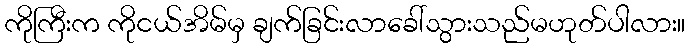
ကိုကြီးက ကိုငယ်အိမ်မှ ချက်ခြင်းလာခေါ်သွားသည်မဟုတ်ပါလား။